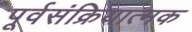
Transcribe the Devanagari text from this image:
पूर्वसंक्रियात्मक